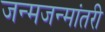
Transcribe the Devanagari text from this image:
जन्मजन्मांतरी